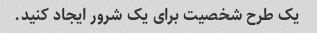
یک طرح شخصیت برای یک شرور ایجاد کنید.